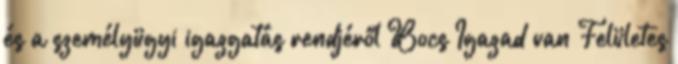
és a személyügyi igazgatás rendjéről Bocs Igazad van Felületes